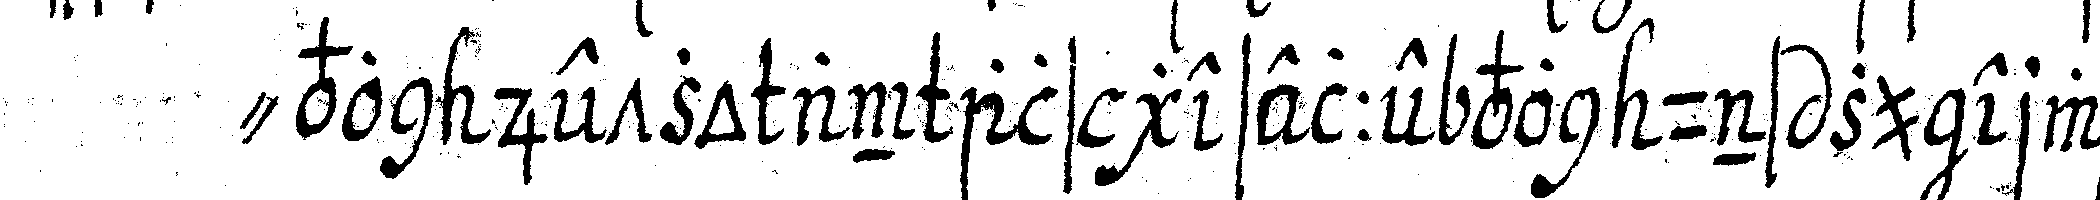
" von jetzo an als geselle von uns zu erwar